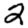
Digit: 2